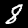
Label: 8